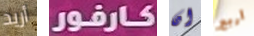
أريد كارفور ان أربع